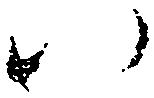
い